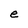
Character: e